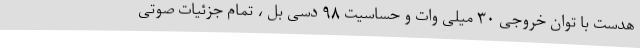
هدست با توان خروجی ۳۰ میلی وات و حساسیت ۹۸ دسی بل ، تمام جزئیات صوتی